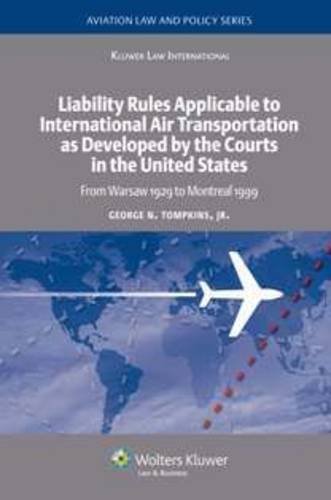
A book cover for Liability Rules to International Air Transportation as Developed by the Courts in the United States: From Warsaw 1929 to Montreal 1999 (Aviation Law and Policy Series); George , jr. Tompkins; Law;